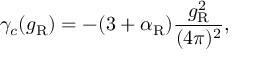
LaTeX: \gamma _ { c } ( g _ { \mathrm { R } } ) = - ( 3 + \alpha _ { \mathrm { R } } ) \frac { g _ { \mathrm { R } } ^ { 2 } } { ( 4 \pi ) ^ { 2 } } ,